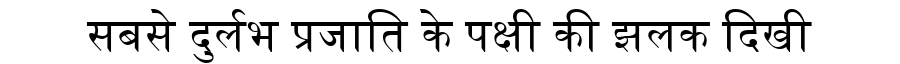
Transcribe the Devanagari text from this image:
सबसे दुर्लभ प्रजाति के पक्षी की झलक दिखी